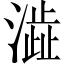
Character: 澁